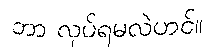
ဘာ လုပ်ရမလဲဟင်။